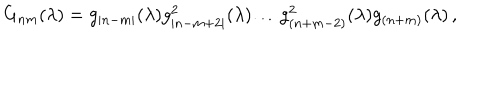
LaTeX: G _ { n m } ( \lambda ) = g _ { | n - m | } ( \lambda ) g _ { | n - m + 2 | } ^ { 2 } ( \lambda ) \ldots g _ { ( n + m - 2 ) } ^ { 2 } ( \lambda ) g _ { ( n + m ) } ( \lambda ) \, ,